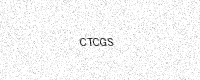
Text: CTCGS